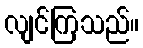
လျင်ကြသည်။